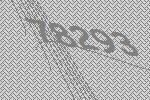
78293